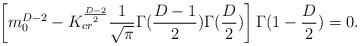
LaTeX: \begin{align*}\left[ m_{0}^{D-2}-K_{cr}^{\frac{D-2}{2}}\frac{1}{\sqrt{\pi}} \Gamma(\frac{D-1}{2})\Gamma(\frac{D}{2})\right] \Gamma(1-\frac{D}{2})=0. \end{align*}